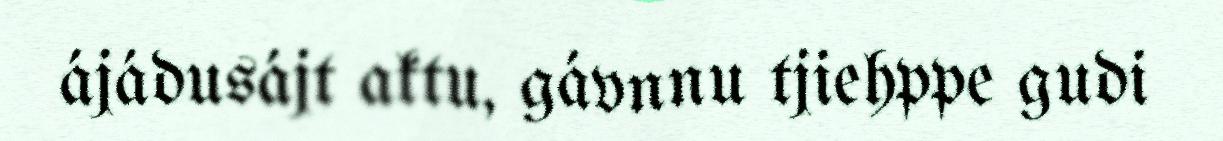
ájádusájt aktu, gávnnu tjiehppe gudi